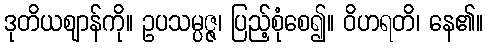
ဒုတိယဈာန်ကို။ ဥပသမ္ပဇ္ဇ၊ ပြည့်စုံစေ၍။ ဝိဟရတိ၊ နေ၏။